Scottish Leaving Certificate Examination, 1953
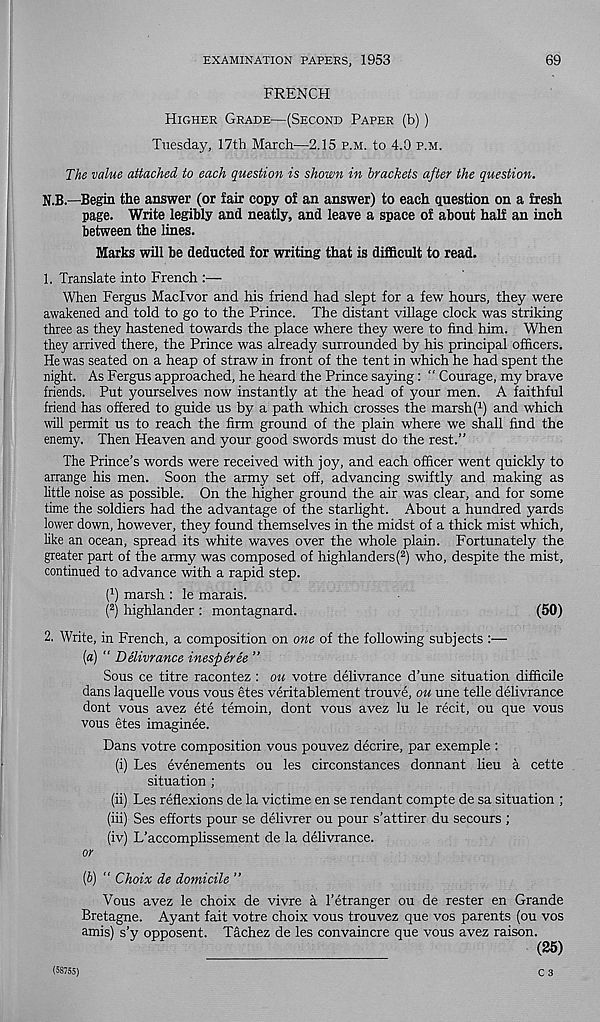
EXAMINATION PAPERS, 1953
69
FRENCH
Higher Grade—(Second Paper (b))
Tuesday, 17th March—2.15 p.m. to 4.9 p.m.
The value attached to each question is shown in brackets after the question.
N.B.—Begin the answer (or fair copy of an answer) to each question on a fresh
page. Write legibly and neatly, and leave a space of about half an inch
between the lines.
Marks will be deducted for writing that is difficult to read.
1. Translate into French :—
When Fergus Maclvor and his friend had slept for a few hours, they were
awakened and told to go to the Prince. The distant village clock was striking
three as they hastened towards the place where they were to find him. When
they arrived there, the Prince was already surrounded by his principal officers.
He was seated on a heap of straw in front of the tent in which he had spent the
night. As Fergus approached, he heard the Prince saying: “ Courage, my brave
friends. Put yourselves now instantly at the head of your men. A faithful
friend has offered to guide us by a path which crosses the marsh( 1 ) and which
will permit us to reach the firm ground of the plain where we shall find the
enemy. Then Heaven and your good swords must do the rest.”
The Prince’s words were received with joy, and each officer went quickly to
arrange his men. Soon the army set off, advancing swiftly and making as
little noise as possible. On the higher ground the air was clear, and for some
time the soldiers had the advantage of the starlight. About a hundred yards
lower down, however, they found themselves in the midst of a thick mist which,
like an ocean, spread its white waves over the whole plain. Fortunately the
greater part of the army was composed of highlanders( 2 ) who, despite the mist,
continued to advance with a rapid step.
I 1 ) marsh : le marais.
( 2 ) highlander : montagnard.
(50)
2. Write, in French, a composition on one of the following subjects :—
(a) “ Delivrance inesperee ”
Sous ce titre racontez : on votre delivrance d’une situation difficile
dans laquelle vous vous etes veritablement trouve, ou une telle delivrance
dont vous avez ete temoin, dont vous avez lu le recit, ou que vous
vous etes imaginee.
Dans votre composition vous pouvez decrire, par exemple :
(i) Les evenements ou les circonstances donnant lieu a cette
situation ;
(ii) Les reflexions de la victime en se rendant compte de sa situation ;
(iii) Ses efforts pour se delivrer ou pour s’attirer du secours ;
(iv) L’accomplissement de la delivrance.
or
(b) “ Choix de domicile ”
Vous avez le choix de vivre a 1’etranger ou de rester en Grande
Bretagne. Ayant fait votre choix vous trouvez que vos parents (ou vos
amis) s’y opposent. Tachez de les convaincre que vous avez raison.
(25)
C 3
(58755)